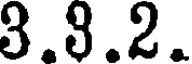
3.3.2.